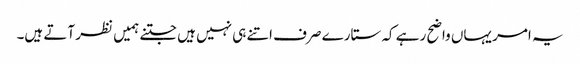
یہ امر یہاں واضح رہے کہ ستارے صرف اتنے ہی نہیں ہیں جتنے ہمیں نظر آتے ہیں۔